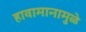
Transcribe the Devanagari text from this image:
हावामानामुळे